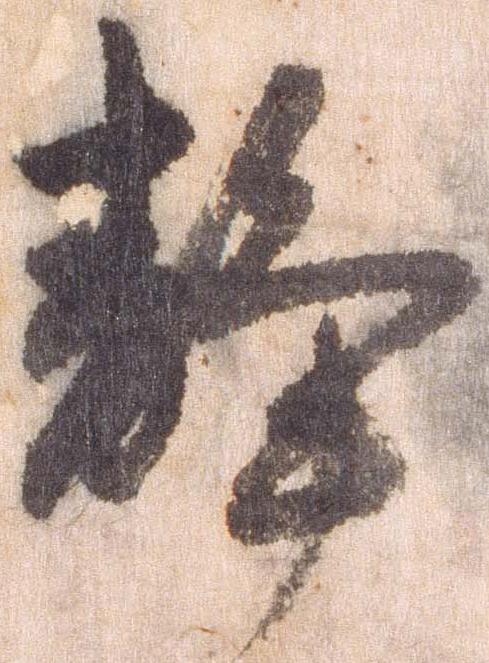
静